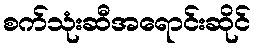
စက်သုံးဆီအရောင်းဆိုင်